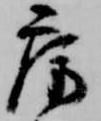
房